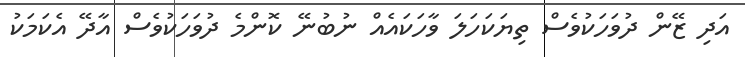
އަދި ޒޭން ދުވަހަކުވެސް ތިޔަކަހަލަ ވާހަކައެއް ނުބުނޭ ކޮންމެ ދުވަހަކުވެސް އާދޭ އެކަމަކު